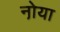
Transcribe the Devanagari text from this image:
नो़या